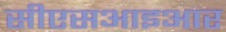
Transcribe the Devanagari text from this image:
सीएसआइआर